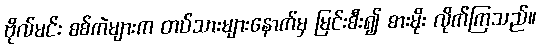
ဗိုလ်မင်း စစ်ကဲများက တပ်သားများနောက်မှ မြင်းစီး၍ ဓားမိုး လိုက်ကြသည်။